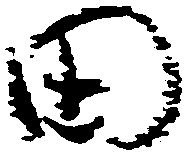
田